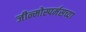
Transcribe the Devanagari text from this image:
जीन्मोस्पर्मसच्या